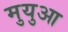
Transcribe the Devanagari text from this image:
मुयुआ